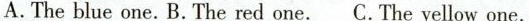
A.The blue one.B.The red one.C. The yellow one.